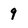
Character: 9